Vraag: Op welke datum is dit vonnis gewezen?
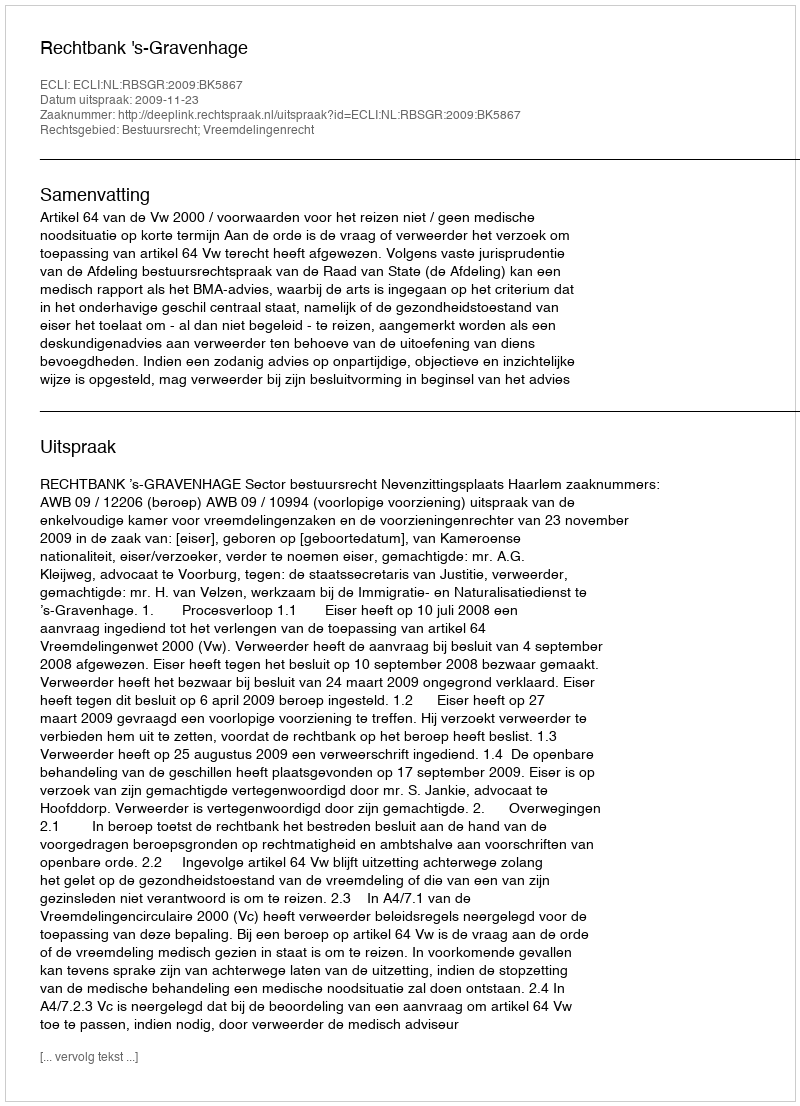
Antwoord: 2009-11-23